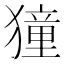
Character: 獞